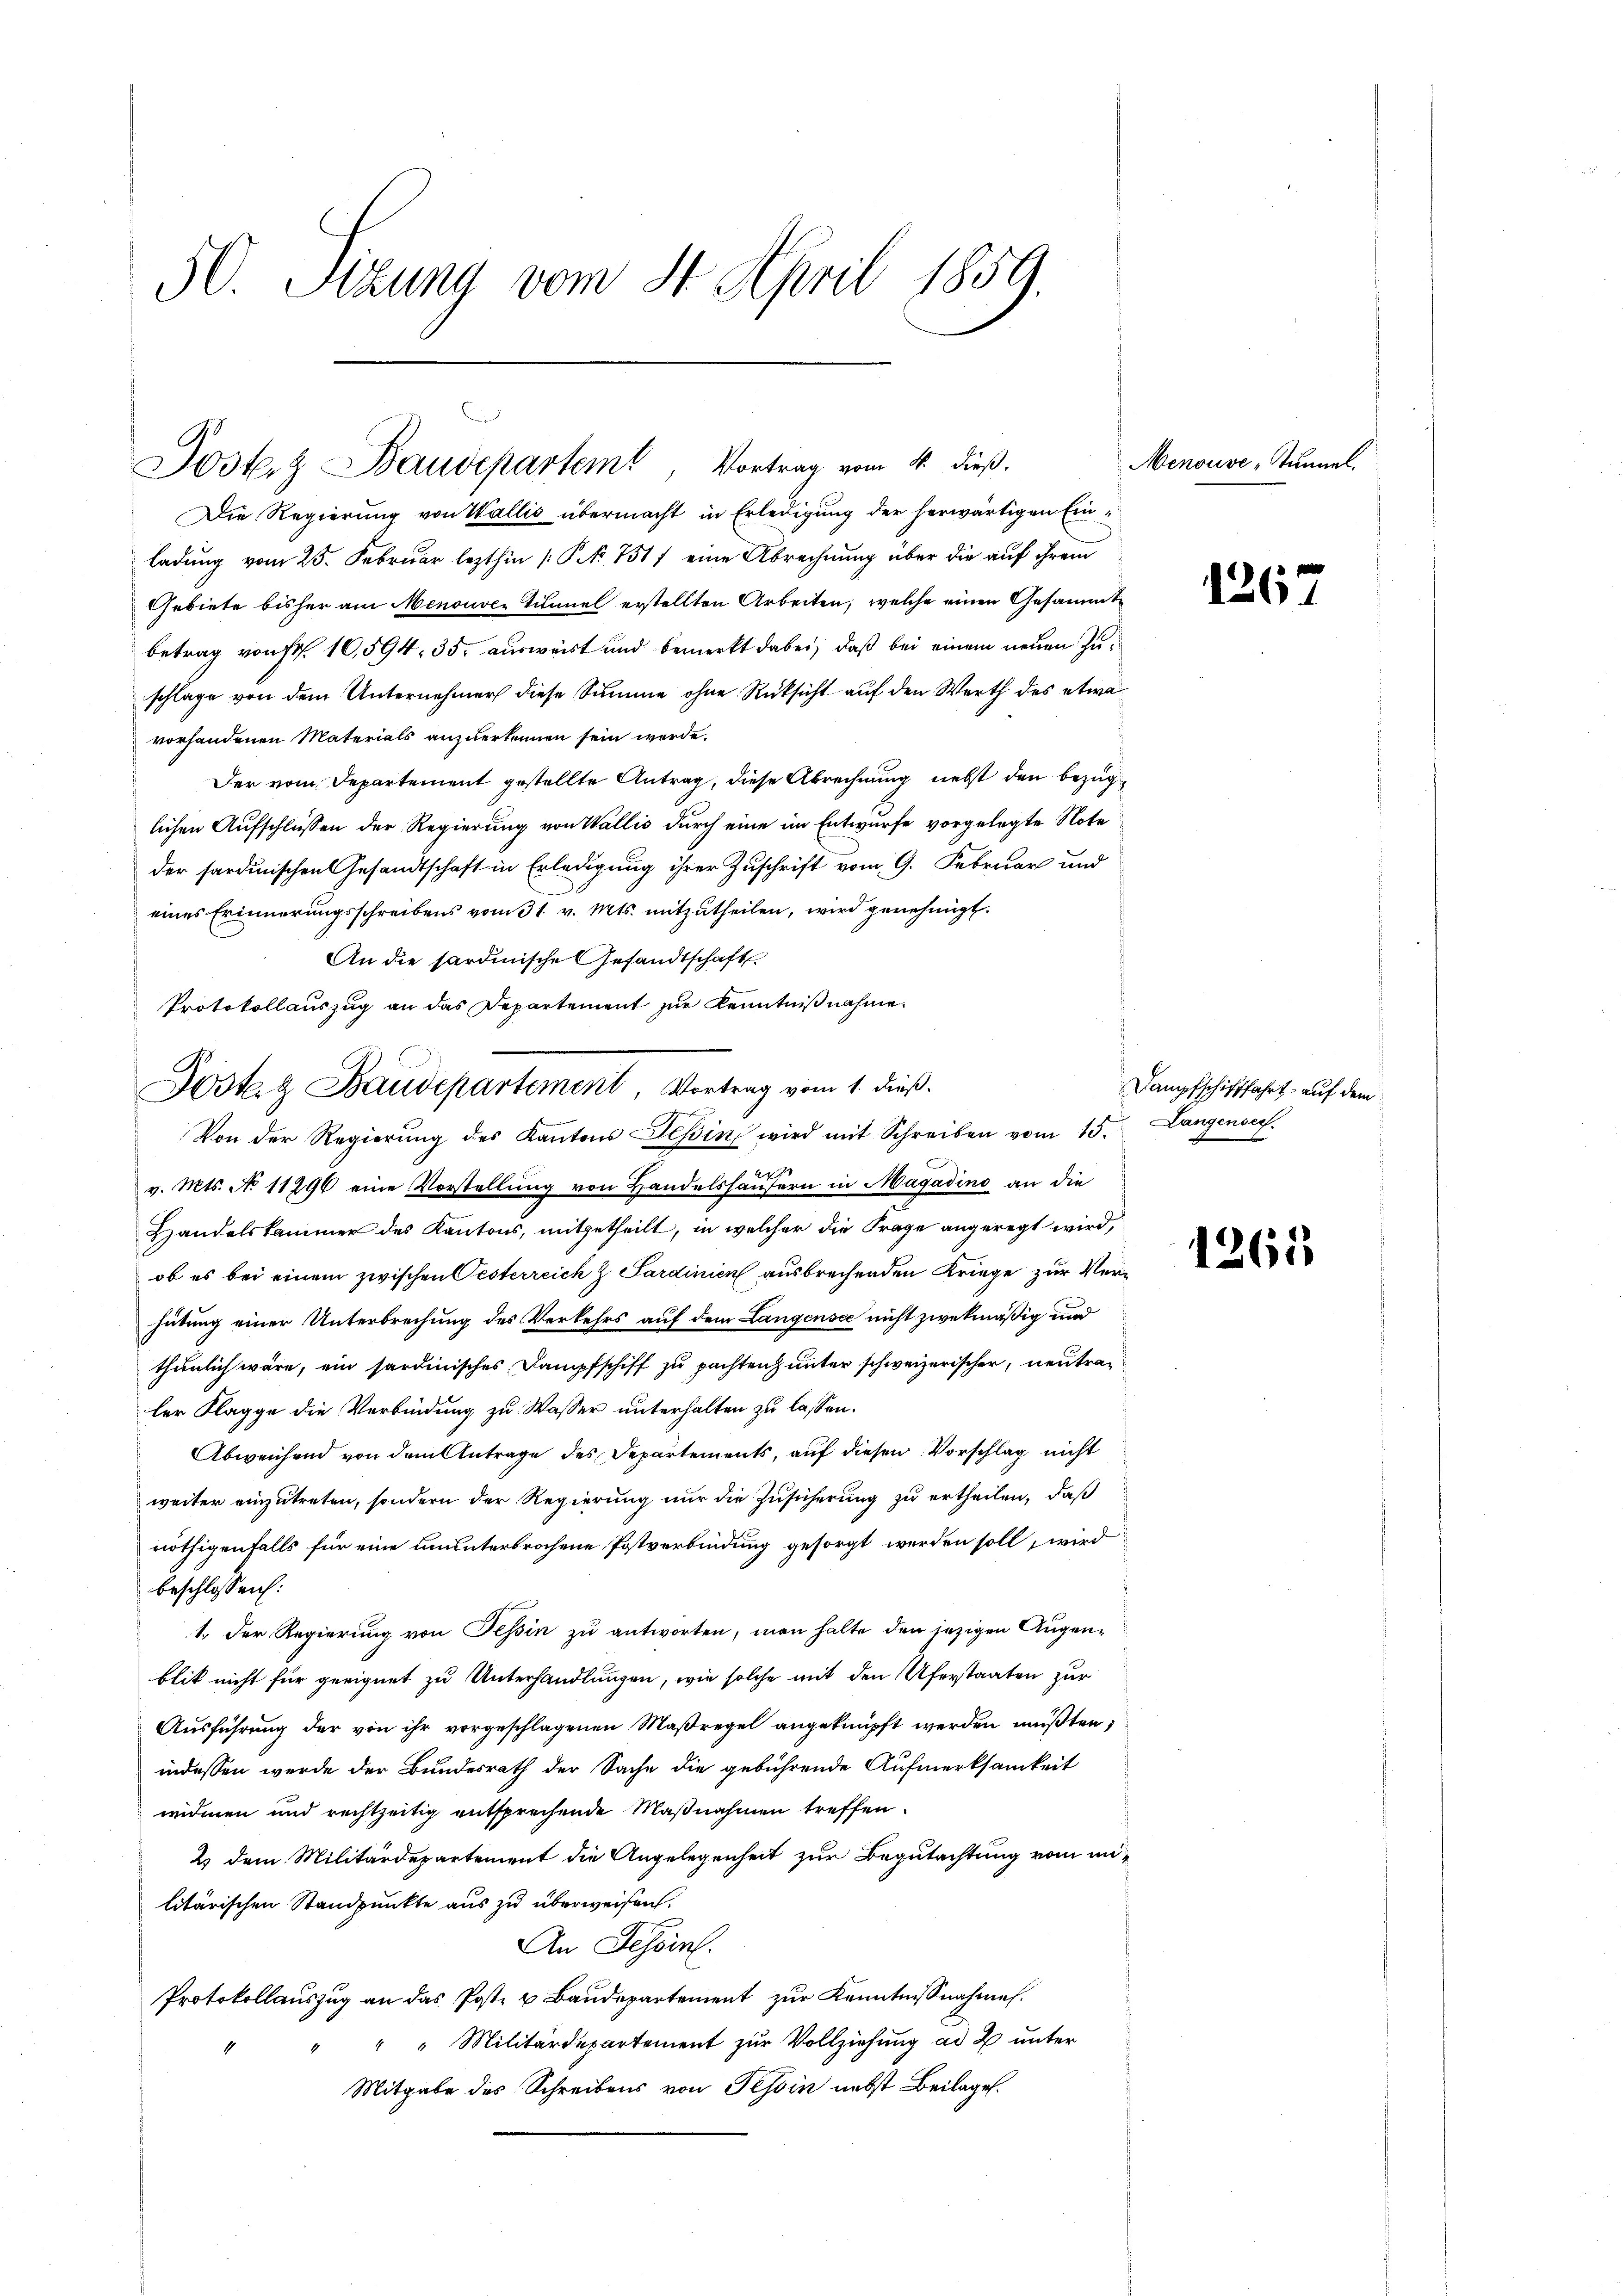
50. Sitzung vom 8. April 1859.

Doster Baudepartemt, Vortrag vom 4. dieß.

Die Regierung von Wallis übermacht in Erledigung der herwärtigen Einladung vom 25. Februar lezthin [No 751) eine Abrechnung über die auf ihrem
Gebiete bisher am Menouver Tunnel erstellten Arbeiten, welche einen Gesammtbetrag von Fr. 10,594. 35. ausweist und bemerkt dabei, daß bei einem neuen Zuschlage von dem Unternehmer diese Summe ohne Rücksicht auf den Werth des etwa
vorhandenen Materials anzuerkennen sein werde.
Der vom Departement gestellte Antrag, diese Abrechnung nebst den bezüglichen Aufschlüssen der Regierung von Wallis durch eine im Entwurfe vorgelegte Note
der sardinischen Gesandtschaft in Erledigung ihrer Zuschrift vom 9. Februar und
eines Erinnerungsschreibens vom 31. v. Mts. mitzutheilen, wird genehmigt.
An die sardinische Gesandtschaft
Protokollauszug an das Departement zur Kenntnißnahme.
Von der Regierŭng des Kantons Teßin wird mit Schreiben vom 15. Langensc
v. Mts. No 11296 eine Vorstellung von Handelshäusern in Magadino an die
Handelskammer des Kantons, mitgetheilt, in welcher die Frage angeregt wird,
ob es bei einem zwischen Pesterreich & Sardinien ausbrechenden Kriege zur Verhütung einer Unterbrechung des Verkehrs auf dem Langensee nicht zwekmäßig und
thunlich wäre, ein sardinisches Dampfschiff zu pachten unter schweizerischer, neutrag
ler Klagge die Verbindung zu Wasser unterhalten zu lassen.
Abweichend von dem Antrage des Departements, auf diesen Vorschlag nicht
weiter einzutreten, sondern der Regierung nur die Zusicherung zu ertheilen, daß
nöthigenfalls für eine ununterbrochene Postverbindung gesorgt werden soll, wird
beschlossen:
1. Der Regierung von Tessin zu antworten, man halte den jezigen Augenblik nicht für geeignet zu Unterhandlungen, wie solche mit den Uferstaaten zur
Ausführung der von ihr vorgeschlagenen Maßregel angeknüpft werden müßten,
indessen werde der Bundesrath der Sache die gebührende Aufmerksamkeit
widmen und rechtzeitig entsprechende Maßnahmen treffen.
2) dem Militärdepartement die Angelegenheit zur Begutachtung vom mi-
litärischen Standpunkte aus zu überweisen.
An Tessin.
Protokollauszug an das Post u Baudepartement zur Kenntnißnahme.
" " Militärdepartement zur Vollziehung ad 2. unter
Mitgabe des Schreibens von Tessin nebst Beilagen.

Posten Baudepartement, Vortrag vom 1. dieß.

Menouve-Tunnel.

1267

Dampfschifffahrt auf dem

1261